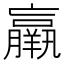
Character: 羸